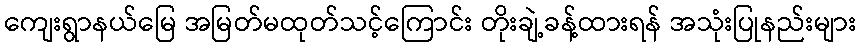
ကျေးရွာနယ်မြေ အမြတ်မထုတ်သင့်ကြောင်း တိုးချဲ့ခန့်ထားရန် အသုံးပြုနည်းများ